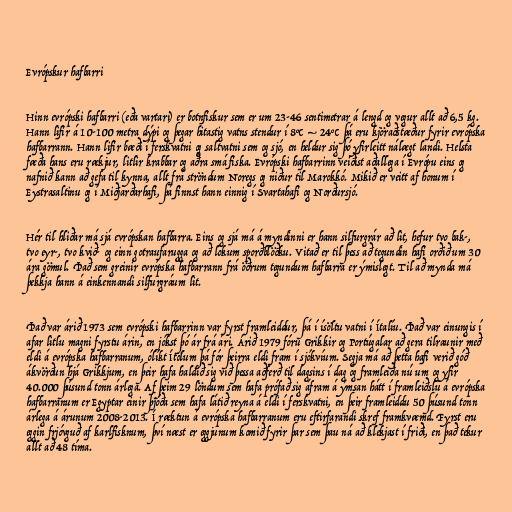
Evrópskur hafbarri

Hinn evrópski hafbarri (eða vartari) er botnfiskur sem er um 23-46 sentimetrar á lengd og vegur allt að 6,5 kg.
Hann lifir á 10-100 metra dýpi og þegar hitastig vatns stendur í 8°C – 24°C þá eru kjöraðstæður fyrir evrópska
hafbarrann. Hann lifir bæði í ferskvatni og saltvatni sem og sjó, en heldur sig þó yfirleitt nálægt landi. Helsta
fæða hans eru rækjur, litlir krabbar og aðra smá fiska. Evrópski hafbarrinn veiðist aðallega í Evrópu eins og
nafnið kann að gefa til kynna, allt frá ströndum Noregs og niður til Marokkó. Mikið er veitt af honum í
Eystrasaltinu og í Miðjarðarhafi, þá finnst hann einnig í Svartahafi og Norðursjó.

Hér til hliðar má sjá evrópskan hafbarra. Eins og sjá má á myndinni er hann silfurgrár að lit, hefur tvo bak-,
tvo eyr-, tvo kvið- og einn gotraufarugga og að lokum sporðblöðku. Vitað er til þess að tegundin hafi orðið um 30
ára gömul. Það sem greinir evrópska hafbarrann frá öðrum tegundum hafbarra er ýmislegt. Til að mynda má
þekkja hann á einkennandi silfurgráum lit.

Það var árið 1973 sem evrópski hafbarrinn var fyrst framleiddur, þá í ísöltu vatni í Ítalíu. Það var einungis í
afar litlu magni fyrstu árin, en jókst þó ár frá ári. Árið 1979 fóru Grikkir og Portúgalar að gera tilraunir með
eldi á evrópska hafbarranum, ólíkt Ítölum þá fór þeirra eldi fram í sjókvíum. Segja má að þetta hafi verið góð
ákvörðun hjá Grikkjum, en þeir hafa haldið sig við þessa aðferð til dagsins í dag og framleiða nú um og yfir
40.000 þúsund tonn árlega. Af þeim 29 löndum sem hafa prófað sig áfram á ýmsan hátt í framleiðslu á evrópska
hafbarranum er Egyptar einir þjóða sem hafa látið reyna á eldi í ferskvatni, en þeir framleiddu 50 þúsund tonn
árlega á árunum 2008-2013. Í ræktun á evrópska hafbarranum eru eftirfarandi skref framkvæmd. Fyrst eru
eggin frjóvguð af karlfisknum, því næst er eggjunum komið fyrir þar sem þau ná að klekjast í friði, en það tekur
allt að 48 tíma.